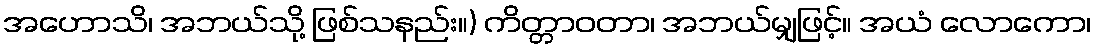
အဟောသိ၊ အဘယ်သို့ ဖြစ်သနည်း။) ကိတ္တာဝတာ၊ အဘယ်မျှဖြင့်။ အယံ လောကော၊